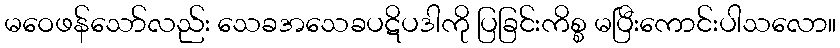
မဝေဖန်သော်လည်း သေခအသေခပဋိပဒါကို ပြခြင်းကိစ္စ မပြီးကောင်းပါသလော။